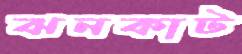
ঝনকাট